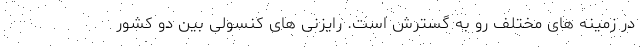
در زمینه های مختلف رو به گسترش است. رایزنی های کنسولی بین دو کشور